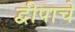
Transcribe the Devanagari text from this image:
द्वीपाचे